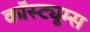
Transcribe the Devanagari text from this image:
कॉस्ट्यूम्स